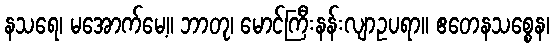
နသရေ၊ မအောက်မေ့။ ဘာတု၊ မောင်ကြီးနန်းလျာဥပရာ။ ဧတေနသစ္စေန၊